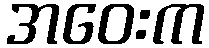
အဝေးက